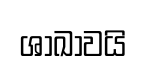
ශාඛාවයි